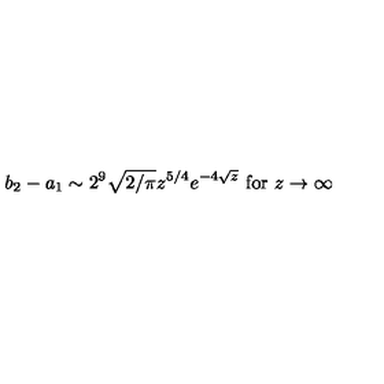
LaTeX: b _ { 2 } - a _ { 1 } \sim 2 ^ { 9 } \sqrt { 2 / \pi } z ^ { 5 / 4 } e ^ { - 4 \sqrt { z } } \ \mathrm { f o r } \ z \rightarrow \infty